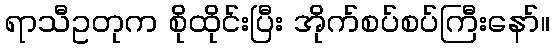
ရာသီဥတုက စိုထိုင်းပြီး အိုက်စပ်စပ်ကြီးနော်။